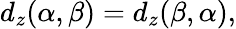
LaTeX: \begin{array}{r}{d_{z}(\alpha,\beta)=d_{z}(\beta,\alpha),}\end{array}